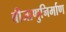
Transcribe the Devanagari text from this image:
बीजाणुनिर्माण